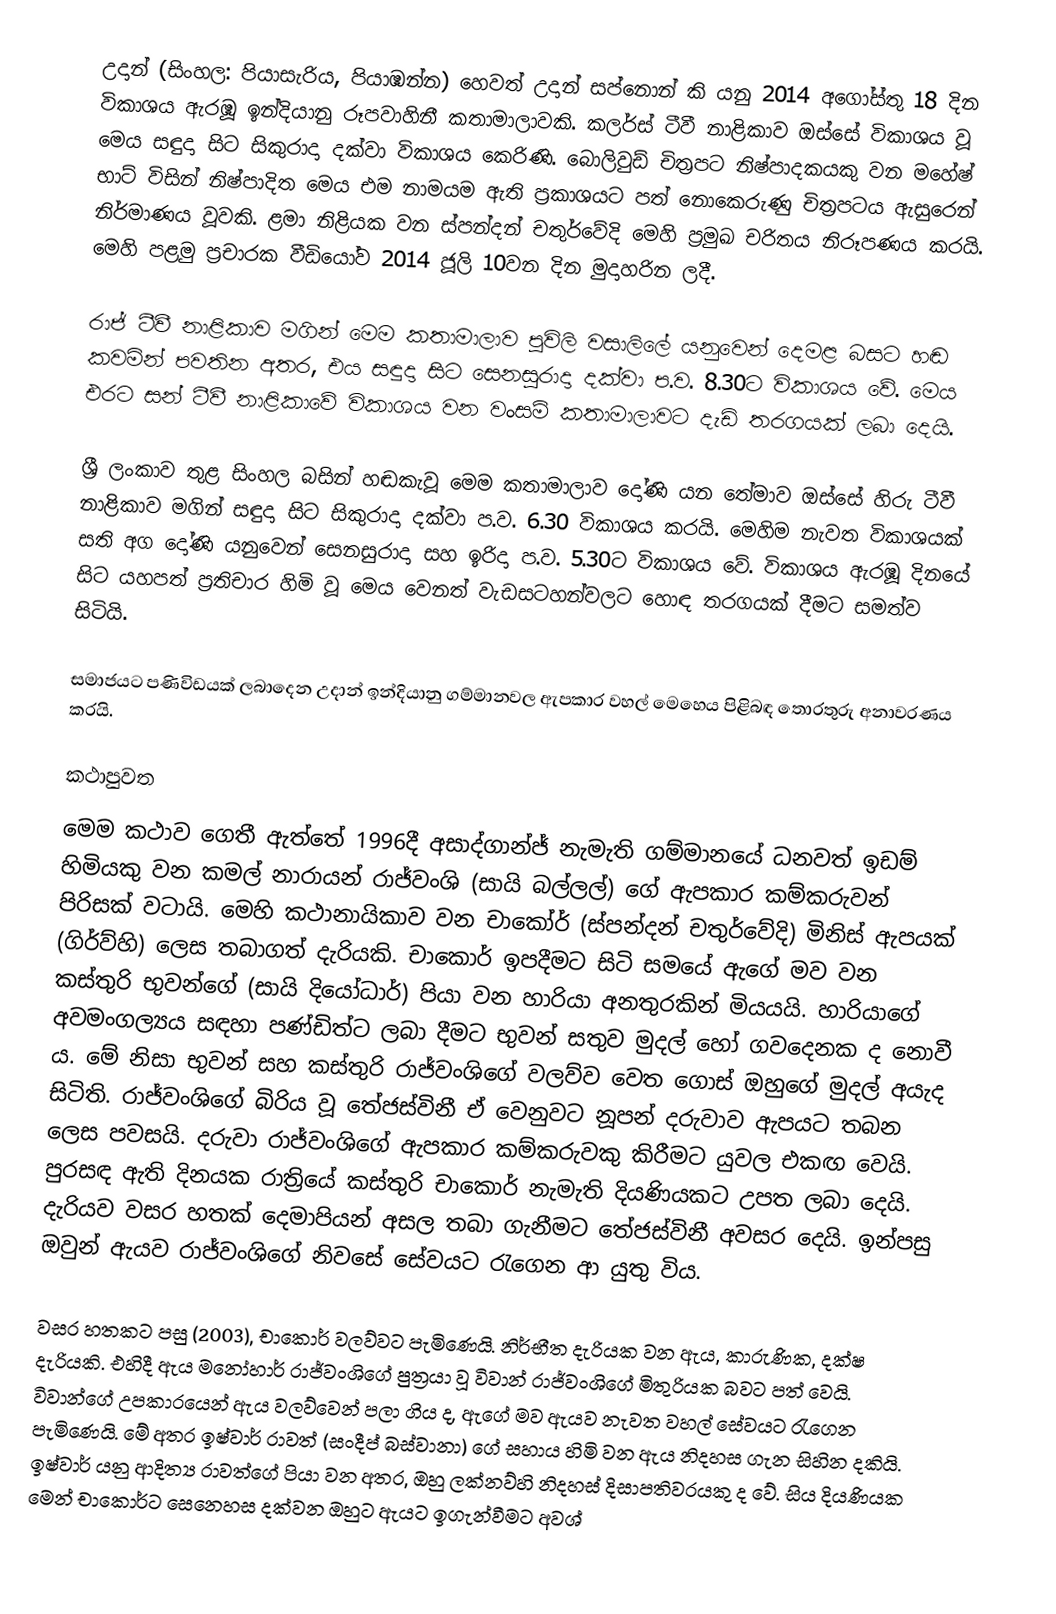
උදාන් (සිංහල: පියාසැරිය, පියාඹන්න) හෙවත් උදාන් සප්නොන් කි යනු 2014 අගෝස්තු 18 දින විකාශය ඇරඹූ ඉන්දියානු රූපවාහිනී කතාමාලාවකි. කලර්ස් ටීවී නාළිකාව ඔස්සේ විකාශය වූ මෙය සඳුදා සිට සිකුරාදා දක්වා විකාශය කෙරිණි. බොලිවුඩ් චිත්‍රපට නිෂ්පාදකයකු වන මහේෂ් භාට් විසින් නිෂ්පාදිත මෙය එම නාමයම ඇති ප්‍රකාශයට පත් නොකෙරුණු චිත්‍රපටය ඇසුරෙන් නිර්මාණය වූවකි. ළමා නිළියක වන ස්පන්දන් චතුර්වේදි මෙහි ප්‍රමුඛ චරිතය නිරූපණය කරයි. මෙහි පළමු ප්‍රචාරක වීඩියෝව 2014 ජූලි 10වන දින මුදාහරින ලදී.

රාජ් ටීවී නාළිකාව මගින් මෙම කතාමාලාව පූවිලි වසාලිලේ යනුවෙන් දෙමළ බසට හඬ කවමින් පවතින අතර, එය සඳුදා සිට සෙනසුරාදා දක්වා ප.ව. 8.30ට විකාශය වේ. මෙය එරට සන් ටීවී නාළිකාවේ විකාශය වන වංසම් කතාමාලාවට දැඩි තරගයක් ලබා දෙයි.

ශ්‍රී ලංකාව තුළ සිංහල බසින් හඬකැවූ මෙම කතාමාලාව දෝණි යන තේමාව ඔස්සේ හිරු ටීවී නාළිකාව මගින් සඳුදා සිට සිකුරාදා දක්වා ප.ව. 6.30 විකාශය කරයි. මෙහිම නැවත විකාශයක් සති අග දෝණි යනුවෙන් සෙනසුරාදා සහ ඉරිදා ප.ව. 5.30ට විකාශය වේ. විකාශය ඇරඹූ දිනයේ සිට යහපත් ප්‍රතිචාර හිමි වූ මෙය වෙනත් වැඩසටහන්වලට හොඳ තරගයක් දීමට සමත්ව සිටියි.

සමාජයට පණිවිඩයක් ලබාදෙන උදාන් ඉන්දියානු ගම්මානවල ඇපකාර වහල් මෙහෙය පිළිබඳ තොරතුරු අනාවරණය කරයි.

කථාපුවත
මෙම කථාව ගෙතී ඇත්තේ 1996දී අසාද්ගාන්ජ් නැමැති ගම්මානයේ ධනවත් ඉඩම් හිමියකු වන කමල් නාරායන් රාජ්වංශි (සායි බල්ලල්) ගේ ඇපකාර කම්කරුවන් පිරිසක් වටායි. මෙහි කථානායිකාව වන චාකෝර් (ස්පන්දන් චතුර්වේදි) මිනිස් ඇපයක් (ගිර්ව්හි) ලෙස තබාගත් දැරියකි. චාකොර් ඉපදීමට සිටි සමයේ ඇගේ මව වන කස්තුරි භුවන්‍ගේ (සායි දියෝධාර්) පියා වන හාරියා අනතුරකින් මියයයි. හාරියාගේ අවමංගල්‍යය සඳහා පණ්ඩිත්ට ලබා දීමට භුවන් සතුව මුදල් හෝ ගවදෙනක ද නොවී ය. මේ නිසා භුවන් සහ කස්තුරි රාජ්වංශිගේ වලව්ව වෙත ගොස් ඔහුගේ මුදල් අයැද සිටිති. රාජ්වංශිගේ බිරිය වූ තේජස්විනී ඒ වෙනුවට නූපන් දරුවාව ඇපයට තබන ලෙස පවසයි. දරුවා රාජ්වංශිගේ ඇපකාර කම්කරුවකු කිරීමට යුවල එකඟ වෙයි. පුරසඳ ඇති දිනයක රාත්‍රියේ කස්තුරි චාකොර් නැමැති දියණියකට උපත ලබා දෙයි. දැරියව වසර හතක් දෙමාපියන් අසල තබා ගැනීමට තේජස්විනී අවසර දෙයි. ඉන්පසු ඔවුන් ඇයව රාජ්වංශිගේ නිවසේ සේවයට රැගෙන ආ යුතු විය.

වසර හතකට පසු (2003), චාකොර් වලව්වට පැමිණෙයි. නිර්භීත දැරියක වන ඇය, කාරුණික, දක්ෂ දැරියකි. එහිදී ඇය මනෝහාර් රාජ්වංශිගේ පුත්‍රයා වූ විවාන් රාජ්වංශිගේ මිතුරියක බවට පත් වෙයි. විවාන්ගේ උපකාරයෙන් ඇය වලව්වෙන් පලා ගිය ද, ඇගේ මව ඇයව නැවත වහල් සේවයට රැගෙන පැමිණෙයි. මේ අතර ඉෂ්වාර් රාවත් (සංදීප් බස්වානා) ගේ සහාය හිමි වන ඇය නිදහස ගැන සිහින දකියි. ඉෂ්වාර් යනු ආදිත්‍ය රාවත්ගේ පියා වන අතර, ඔහු ලක්නව්හි නිදහස් දිසාපතිවරයකු ද වේ. සිය දියණියක මෙන් චාකොර්ට සෙනෙහස දක්වන ඔහුට ඇයට ඉගැන්වීමට අවශ්‍